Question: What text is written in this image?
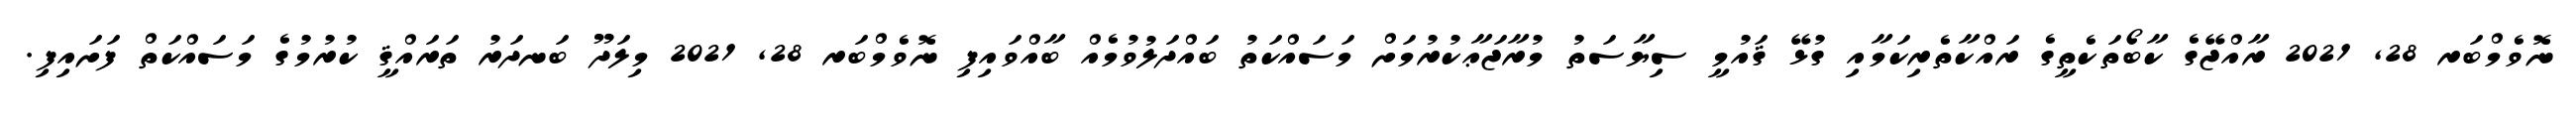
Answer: ނޮވެމްބަރ 28, 2021 ރާއްޖޭގެ ކާބޯތަކެތީގެ ރައްކާތެރިކަމާއި ގުޅޭ ޤައުމީ ސިޔާސަތު މުރާޖަޢާކުރުމަށް މަސައްކަތު ބައްދަލުވުމެއް ބާއްވައިފި ނޮވެމްބަރ 28, 2021 މިލަދޫ ބަނދަރު ތަރައްޤީ ކުރުމުގެ މަސައްކަތް ފަށައިފި.